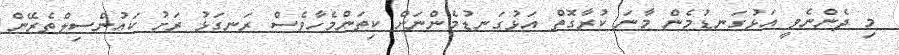
މި ދެންނެވީ އަޅުގަނޑުމެން މާނަ ކުރާގޮތް އަޅުގަނޑުމެންނަށް ކިތަންމެހާވެސް ރަނގަޅު ރަށު ކައުންސިލްތެރޭން